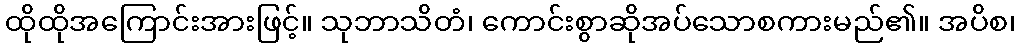
ထိုထိုအကြောင်းအားဖြင့်။ သုဘာသိတံ၊ ကောင်းစွာဆိုအပ်သောစကားမည်၏။ အပိစ၊